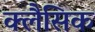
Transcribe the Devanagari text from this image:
क्लैसिक